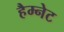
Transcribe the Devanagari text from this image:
हैम्नेट